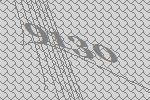
9130